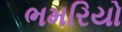
ભમરિયો